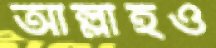
আল্লাহও